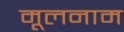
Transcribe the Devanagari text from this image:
मूलनाम